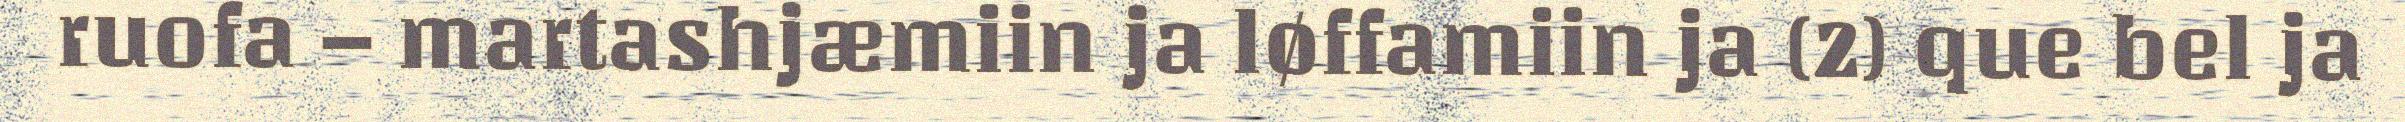
ruofa – martashjæmiin ja løffamiin ja (2) que bel ja